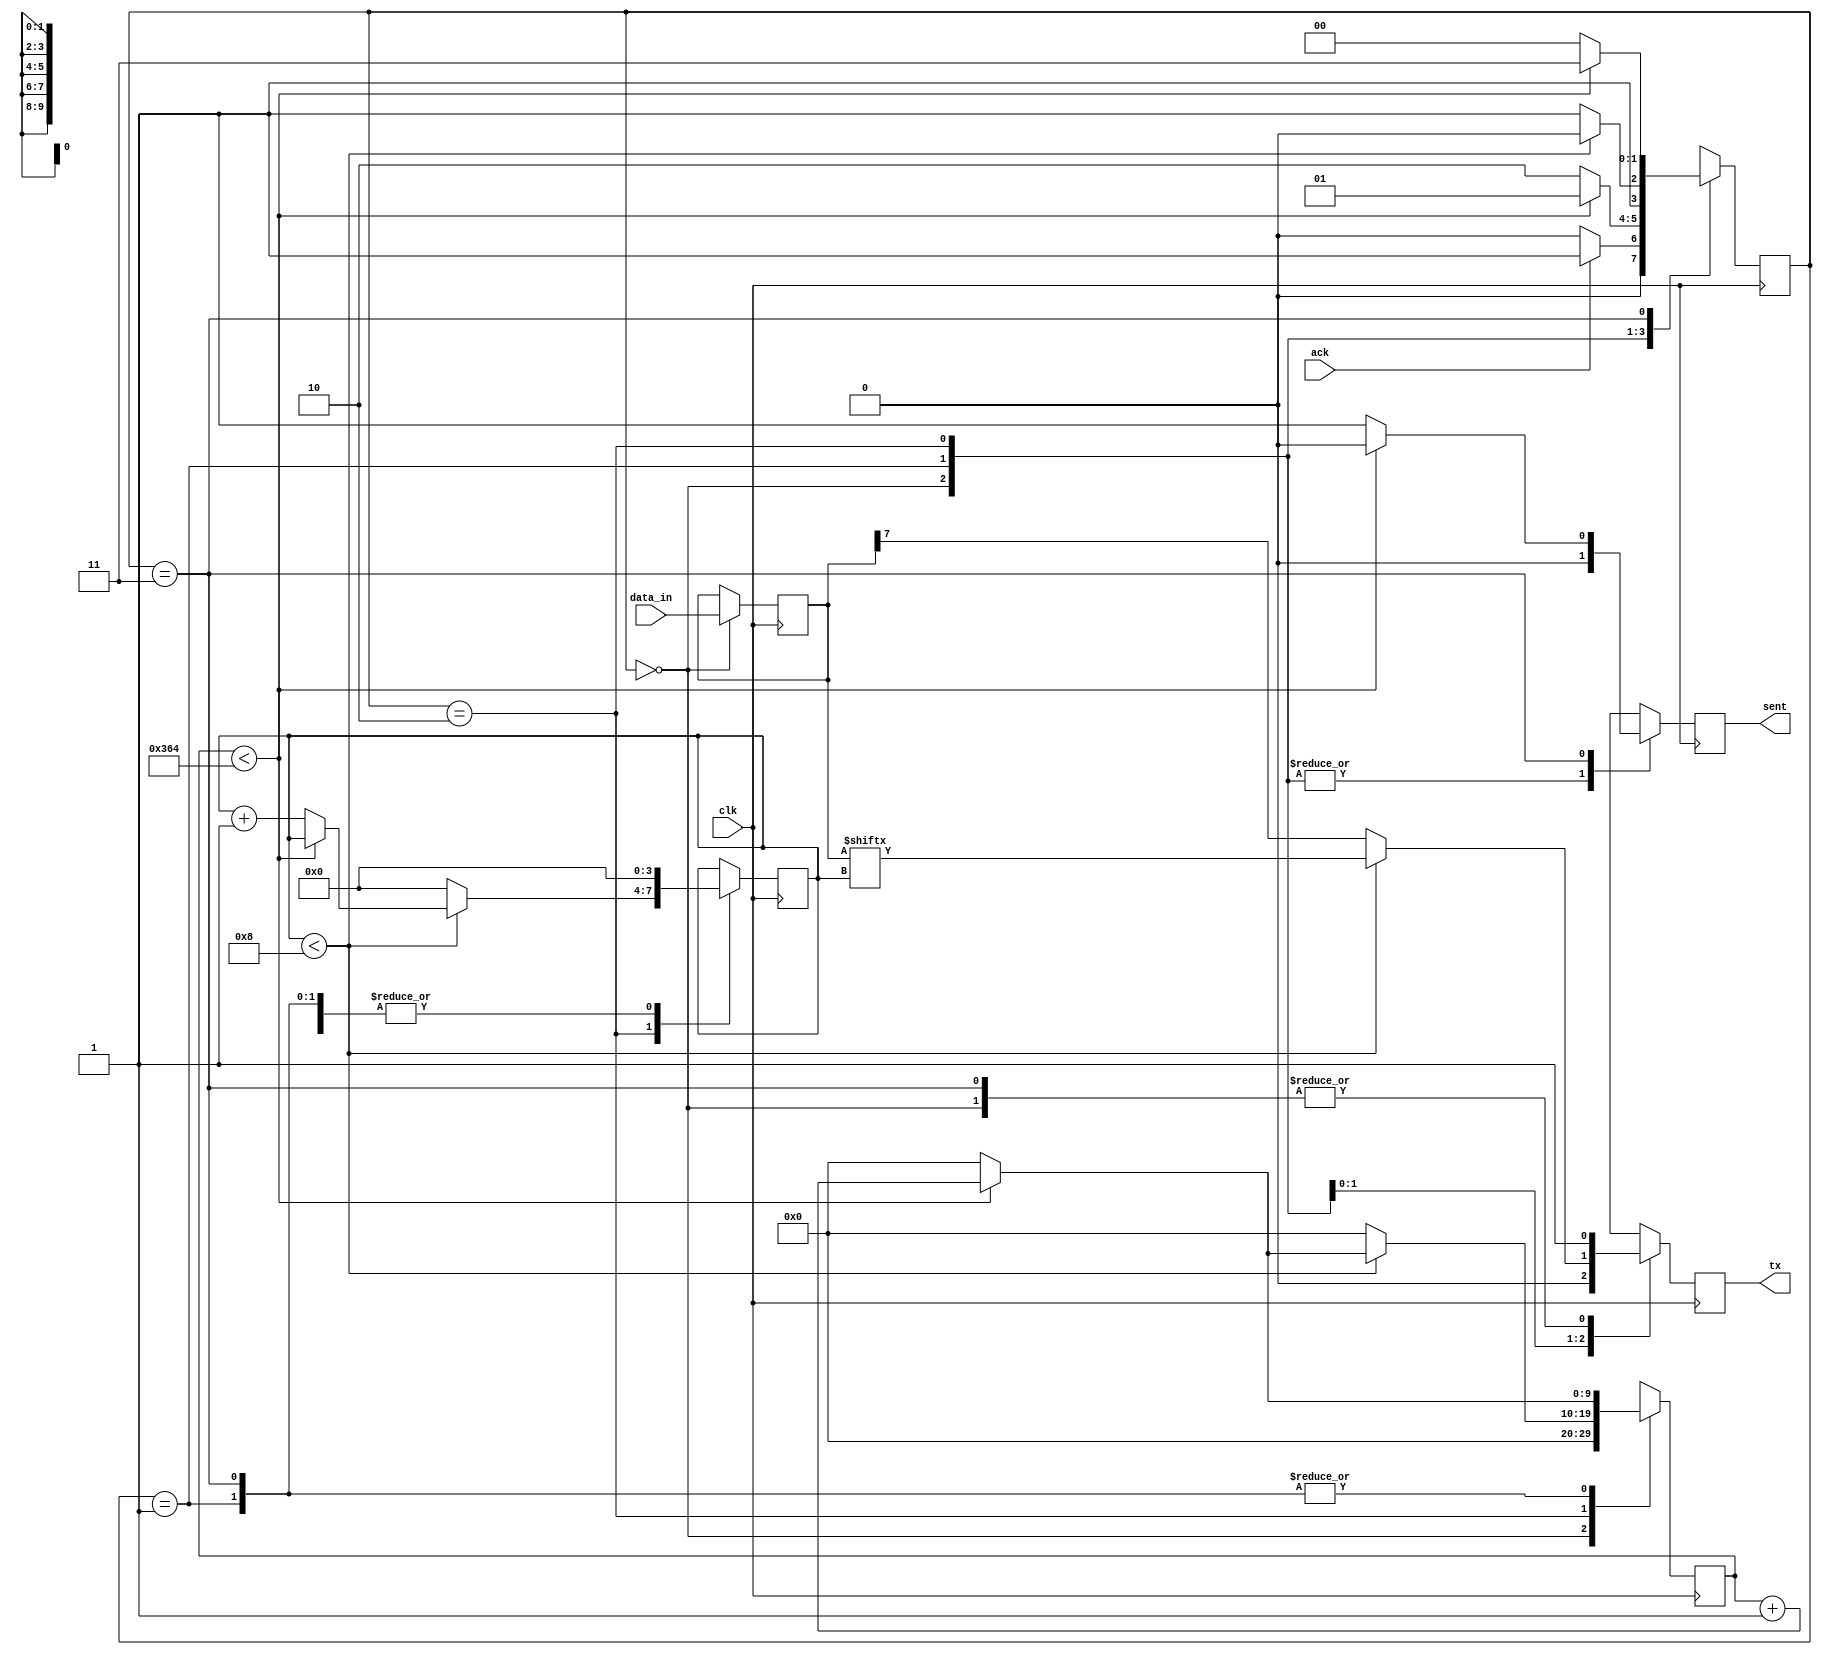
`timescale 1ns / 1ps
//////////////////////////////////////////////////////////////////////////////////
// Company: 
// Engineer: 
// 
// Design Name: 
// Module Name: transmit
// Project Name: UART_on_FPGA
// Target Devices: Basys 3
// Tool Versions: 
// Description: 
// 
// Dependencies: 
// 
// Revision:
// Revision 0.01 - File Created
// Additional Comments:
// 
//////////////////////////////////////////////////////////////////////////////////


module transmitter(clk, tx, data_in, ack, sent);

    input clk;
    output reg tx;
    input [7:0]data_in;
    input ack;
    output reg sent;
    
    reg [7:0]data;
    
    reg [1:0]state;
    reg [9:0]count;
    reg [3:0]bitcount;
    
    parameter CLK_RATE_PER_BIT = 868; //CLK_RATE / BAUD_RATE
    parameter IDLE = 2'b00;
    parameter START = 2'b01;
    parameter DATA = 2'b10;
    parameter STOP = 2'b11;
    
    always @(posedge clk) begin
        case(state)
            IDLE : begin
               data <= data_in;
               if(ack) begin
                    state <= START;
               end 
               else begin
                    state <= IDLE;
               end
               count <= 0;
               bitcount <= 0;
               tx <= 1;     
               sent <= 0;
            end
            START : begin
                if(count < CLK_RATE_PER_BIT) begin
                    count <= count + 1;
                    tx <= 0;
                    state <= START;
                end
                else begin
                    count <= 0;
                    tx <= 0;
                    state <= DATA; 
                end
                bitcount <= 0;
                sent <= 0;
            end
            DATA : begin
                if(bitcount < 4'b1000) begin
                    if(count < CLK_RATE_PER_BIT) begin
                        count <= count + 1;
                        tx <= data[bitcount];
                    end
                    else begin
                        count <= 0;
                        tx <= data[bitcount];
                        bitcount <= bitcount + 1;
                    end
                    state <= DATA;
                end
                else begin
                    tx <= data[7];
                    bitcount <= 0;
                    count <= 0;
                    state <= STOP;
                end
                sent <= 0;
            end
            STOP : begin
                if(count < CLK_RATE_PER_BIT) begin
                    count <= count + 1;
                    tx <= 1;
                    state <= STOP;
                    sent <= 0;
                end
                else begin
                    count <= 0;
                    tx <= 1;
                    state <= IDLE; 
                    sent <= 1;
                end
                bitcount <= 0;
            end
            default: begin
                state <= IDLE;
                data <= 0;
                count <= 0;
                bitcount <= 0;
                sent <= 0;
            end
        endcase
    end
endmodule